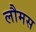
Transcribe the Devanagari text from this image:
लौमस